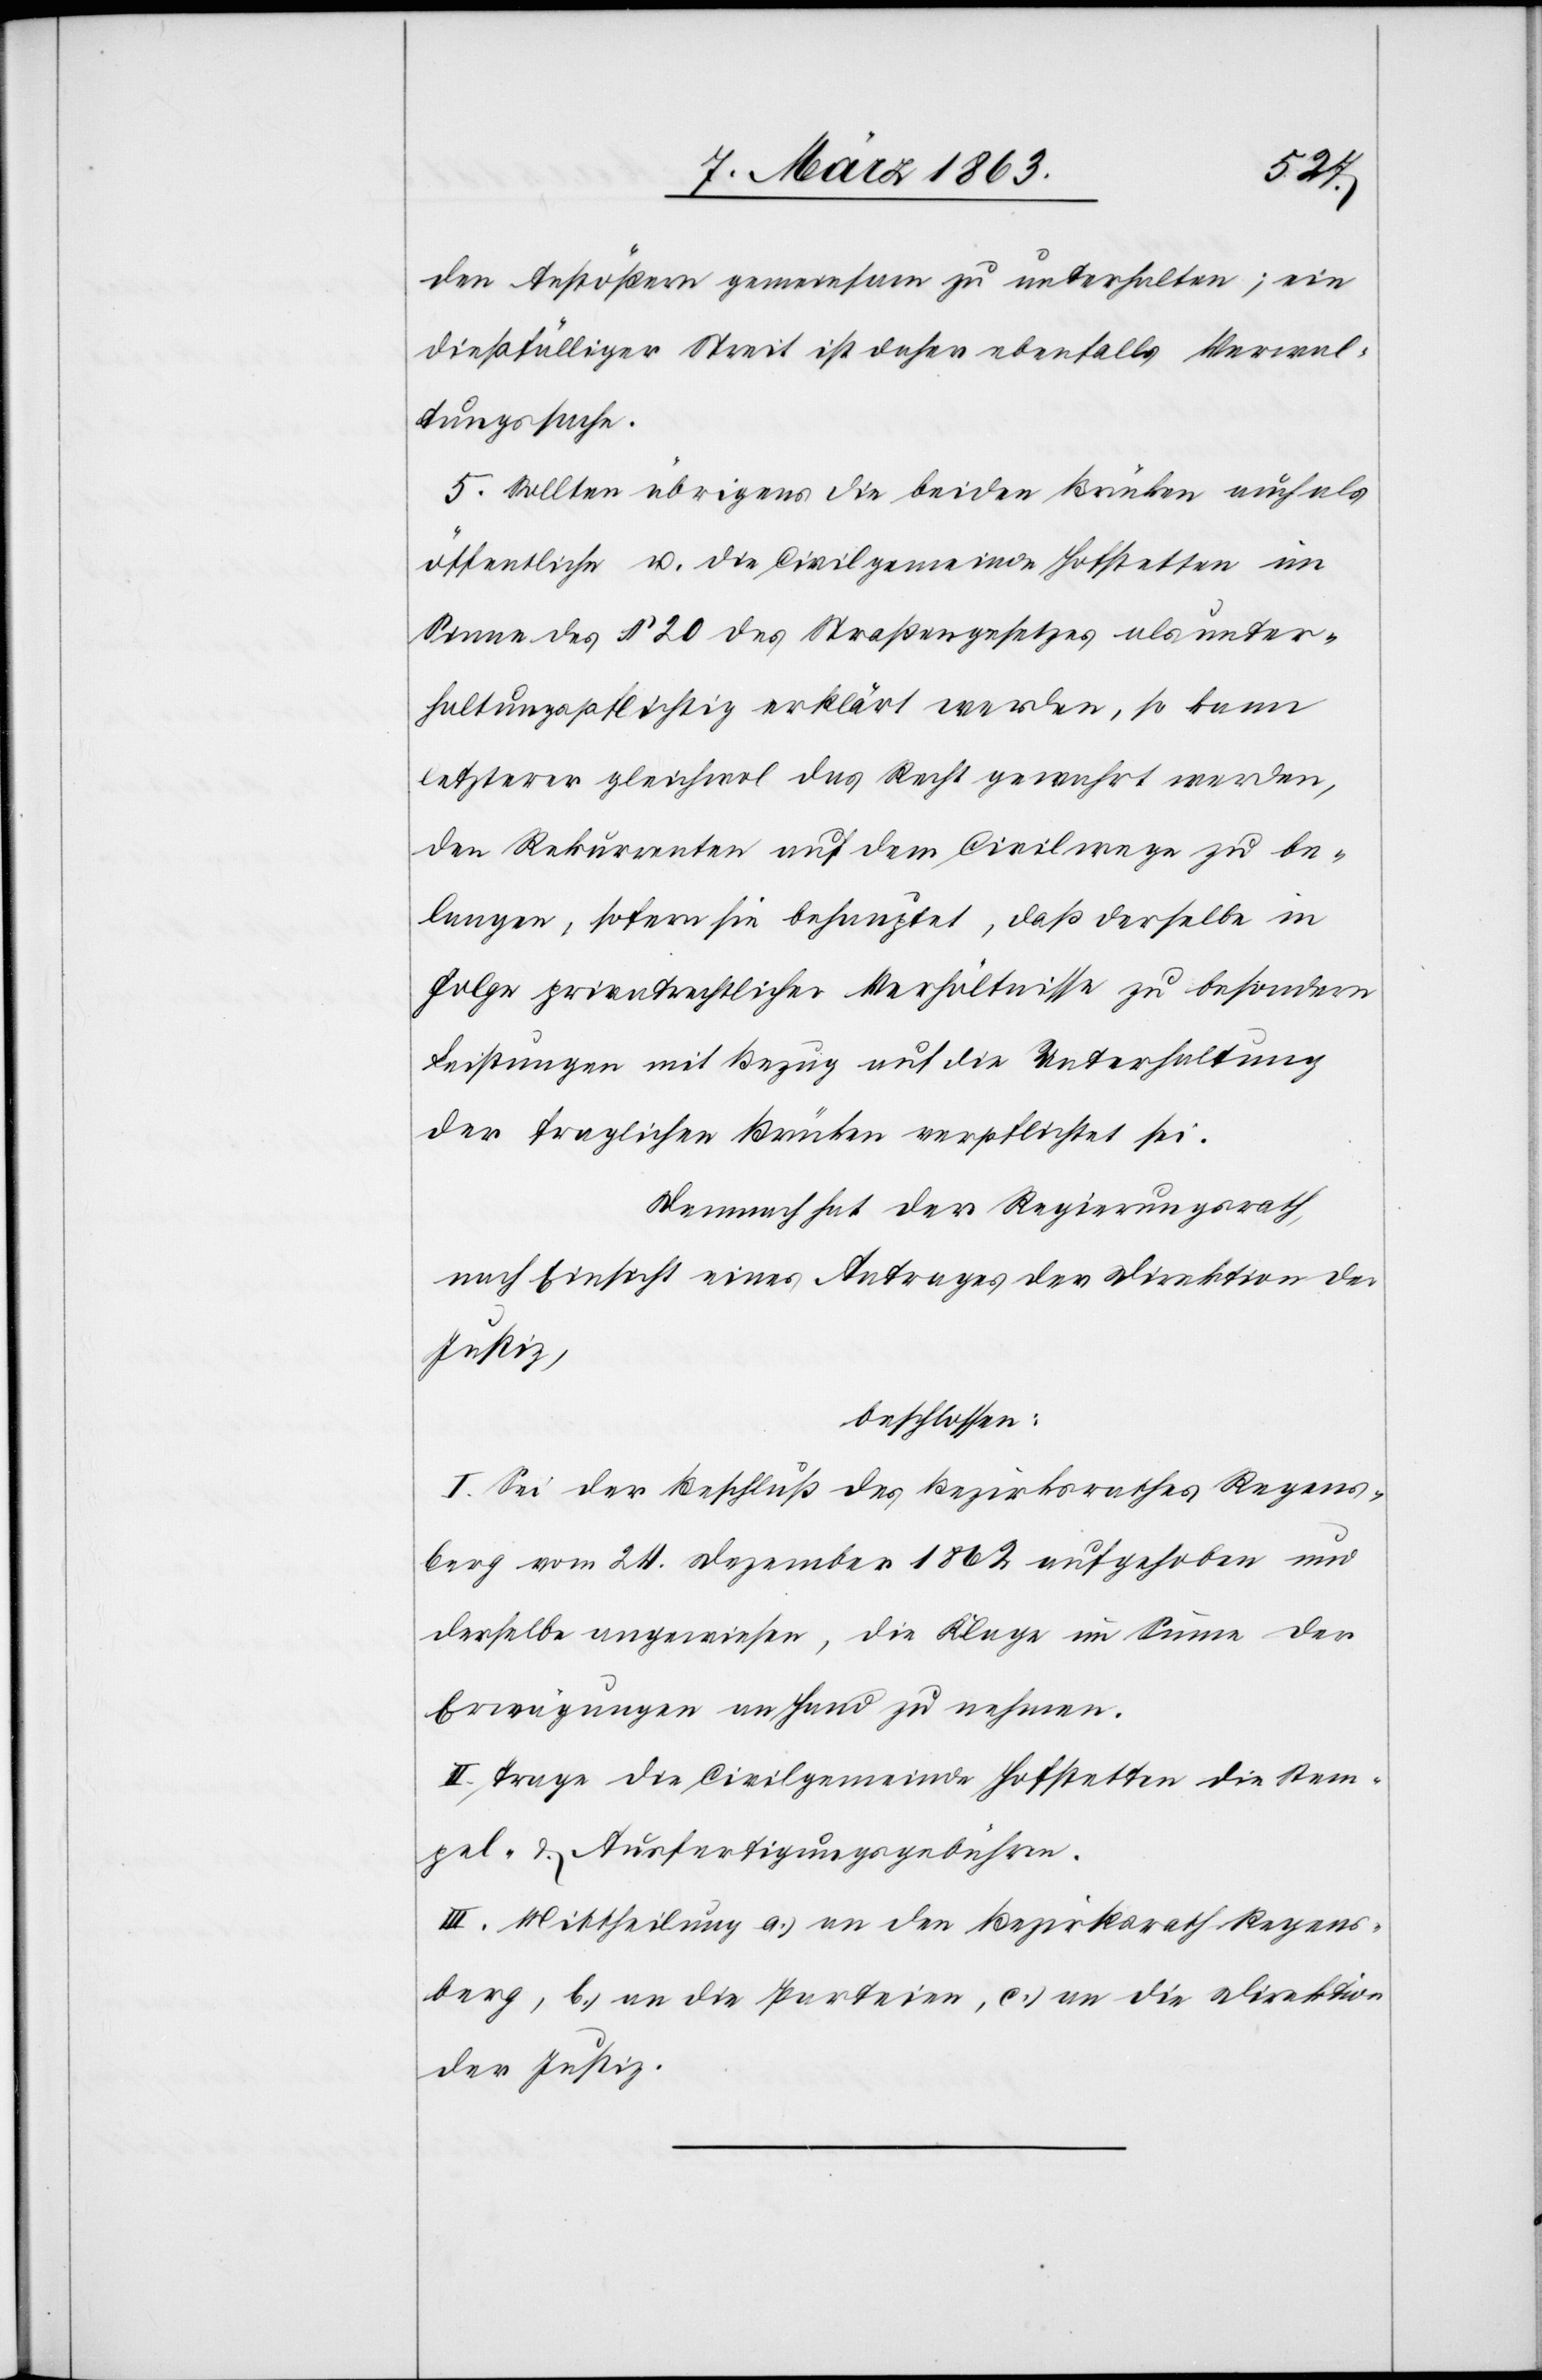
den Anstößern gemeinsam zu unterhalten; ein
dießfälliger Streit ist daher ebenfalls Verwal¬
tungssache.
5. Sollten übrigens die beiden Brücken auch als
öffentliche u. die Civilgemeinde Hofstetten im
Sinne des § 20 des Straßengesetzes als unter¬
haltungspflichtig erklärt werden, so kann
letzterer gleichwol das Recht gewahrt werden,
den Rekurrenten auf dem Civilwege zu be¬
langen, sofern sie behauptet, daß derselbe in
Folge privatrechtlicher Verhältnisse zu besondern
Leistungen mit Bezug auf die Unterhaltung
der fraglichen Brücken verpflichtet sei.
Demnach hat der Regierungsrath,
nach Einsicht eines Antrages der Direktion der
Justiz,
beschlossen:
I. Sei der Beschluß des Bezirksrathes Regens¬
berg vom 24. Dezember 1862 aufgehoben und
derselbe angewiesen, die Klage im Sinne der
Erwägungen an Hand zu nehmen.
II. Trage die Civilgemeinde Hofstetten die Stem¬
pel- & Ausfertigungsgebühren.
III. Mittheilung a.) an den Bezirksrath Regens¬
berg, b.) an die Parteien, c.) an die Direktion
der Justiz.